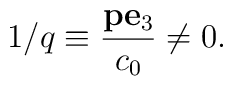
1/q\equiv{{\bf p}{\bf e}_3\over c_0}\neq 0.